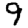
Digit: 9